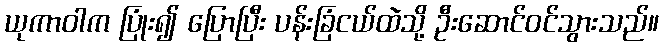
ယုကာဝါက ပြုံး၍ ပြောပြီး ပန်းခြံငယ်ထဲသို့ ဦးဆောင်ဝင်သွားသည်။